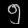
Digit: ၅